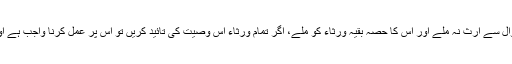
انسان اپنا کچھ مال اپنے کسی وارث کو دیکر یا بخش کر یہ وصیت کرسکتا ہے کہ مذکورہ وارث کو اس کے اموال سے ارث نہ ملے اور اس کا حصہ بقیہ ورثاء کو ملے، اگر تمام ورثاء اس وصیت کی تائید کریں تو اس پر عمل کرنا واجب ہے اور وصیت کرنے والے کے مرنے کے بعد ورثاء میں سے کسی کو بھی اسے رد کرنے کا حق حاصل نہیں ہوگا۔